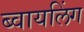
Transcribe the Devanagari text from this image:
ब्वायलिंग